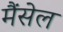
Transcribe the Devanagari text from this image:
मैंसेल